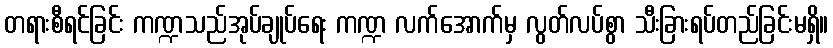
တရားစီရင်ခြင်း ကဏ္ဍသည်အုပ်ချုပ်ရေး ကဏ္ဍ လက်အောက်မှ လွတ်လပ်စွာ သီးခြားရပ်တည်ခြင်းမရှိ။